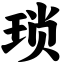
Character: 琐